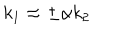
k _ { 1 } \approx \pm \alpha k _ { 2 }